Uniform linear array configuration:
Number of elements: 24
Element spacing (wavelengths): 1
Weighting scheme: hamming
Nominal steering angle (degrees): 60
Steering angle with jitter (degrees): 59.668
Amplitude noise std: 0.05
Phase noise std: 0.05

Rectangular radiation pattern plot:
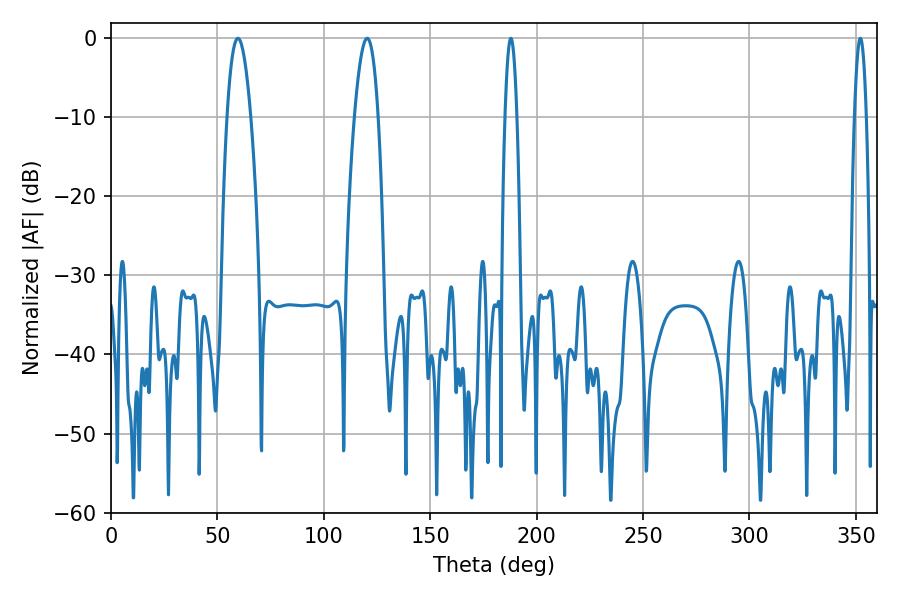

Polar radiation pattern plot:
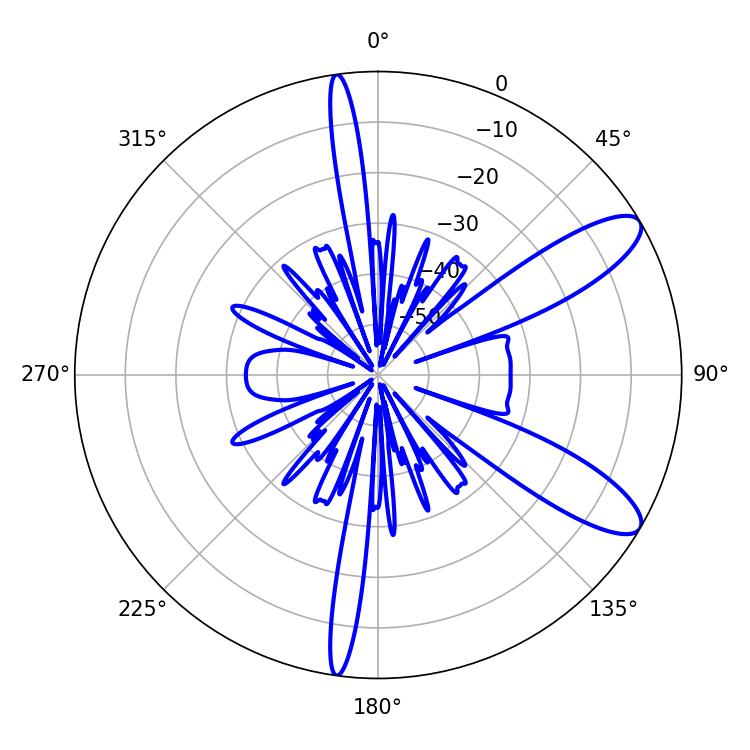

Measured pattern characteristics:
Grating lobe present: TRUE
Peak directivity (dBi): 10.372
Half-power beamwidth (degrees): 6.12
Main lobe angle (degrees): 59.58